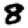
Digit: 8